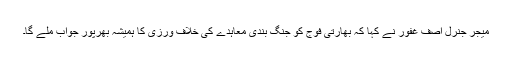
میجر جنرل آصف غفور نے کہا کہ بھارتی فوج کو جنگ بندی معاہدے کی خلاف ورزی کا ہمیشہ بھرپور جواب ملے گا۔